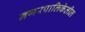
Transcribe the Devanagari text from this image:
नगरपालिकेतील